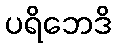
ပရိဘေဒိ